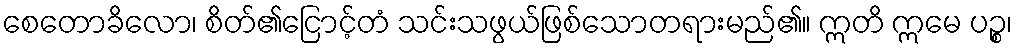
စေတောခိလော၊ စိတ်၏ငြောင့်တံ သင်းသဖွယ်ဖြစ်သောတရားမည်၏။ ဣတိ ဣမေ ပဉ္စ၊